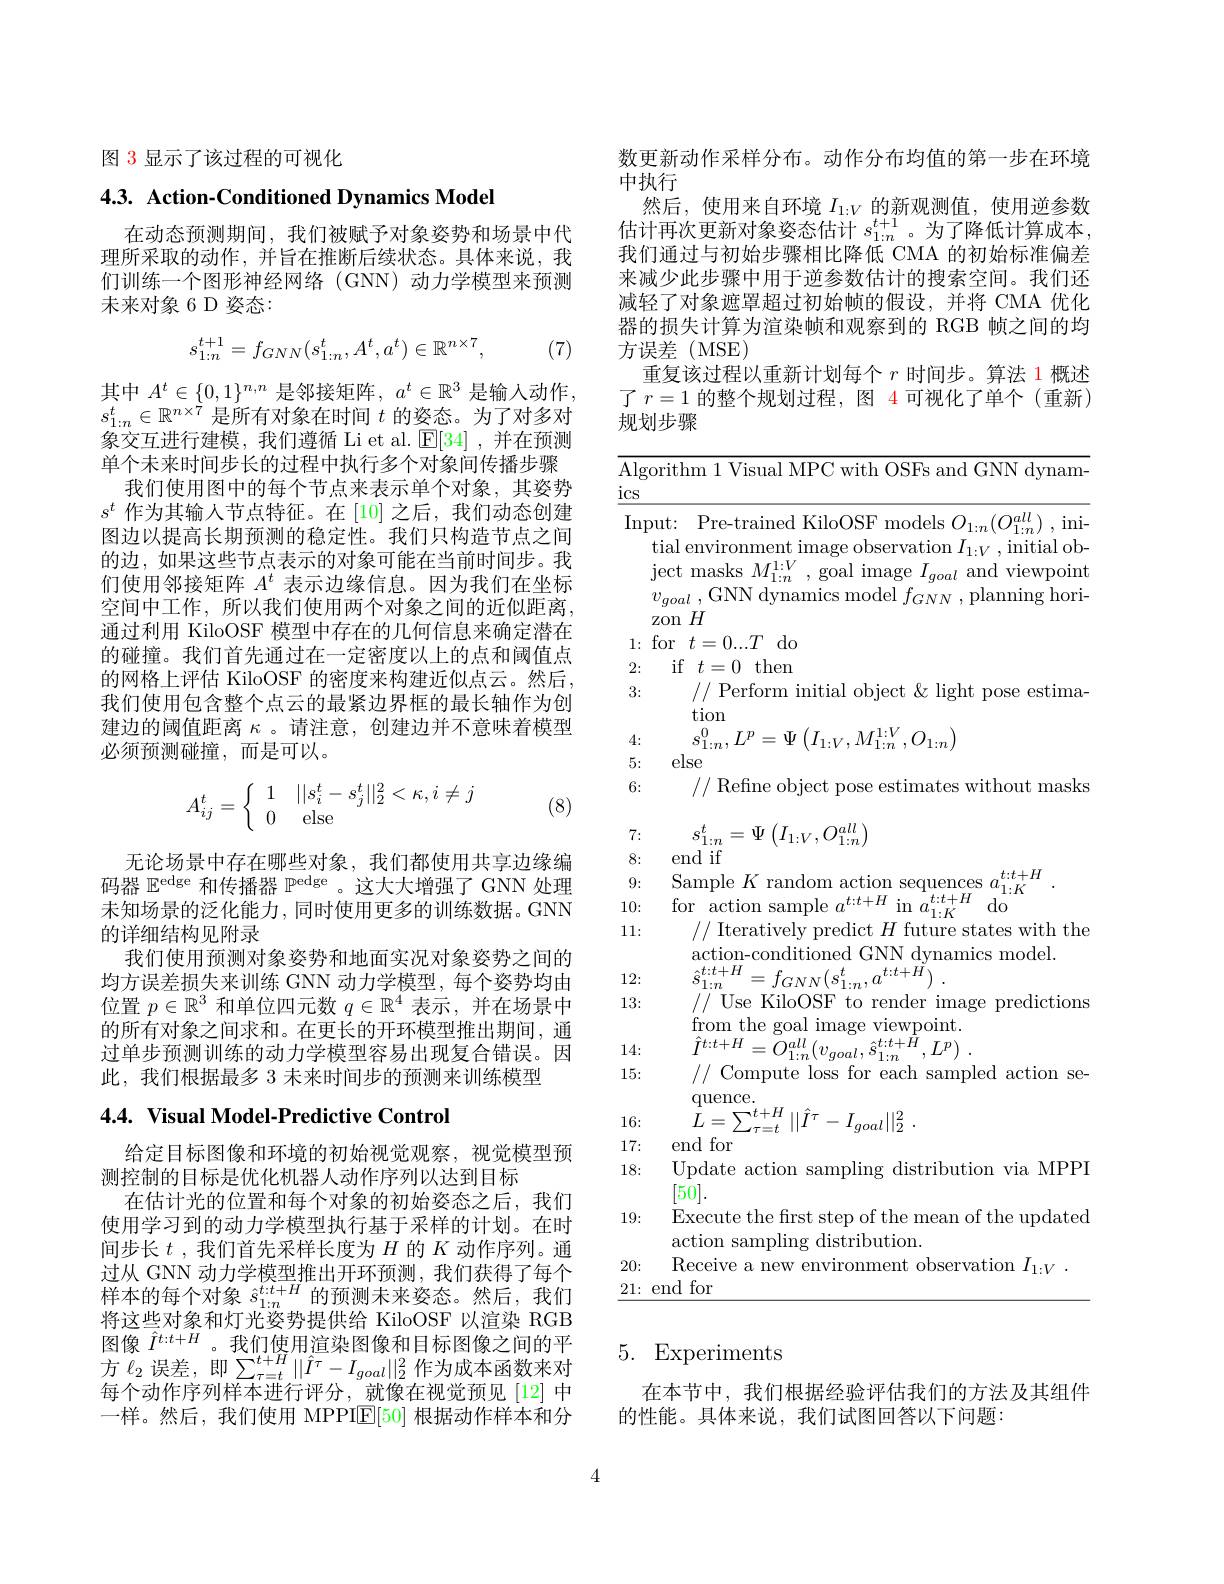
图 3 显示了该过程的可视化

$4. 3. \textbf{ Action- Conditioned Dynamics Model}$

在动态预测期间，我们被赋予对象姿势和场景中代理所采取的动作，并旨在推断后续状态。具体来说，我们训练一个图形神经网络 (GNN) 动力学模型来预测未来对象 6 D 姿态：
$$s_{1:n}^{t+1}=f_{GNN}(s_{1:n}^t,A^t,a^t)\in\mathbb{R}^{n\times7},$$
(7)

其 中 $A^t\in \{ 0, 1\} ^{n, n}$ 是 邻 接 矩 阵 , $a^t\in \mathbb{R} ^3$ 是 输 入 动 作 , $s_{1: n}^t\in \mathbb{R} ^{n\times 7}$ 是 所 有 对 象 在 时 间 $t$ 的 姿 态 。为 了 对 多 对象交互进行建模，我们遵循 Li et al.$\operatorname{[E[34]}$ ,并在预测单个未来时间步长的过程中执行多个对象间传播步骤
我们使用图中的每个节点来表示单个对象，其姿势$s^t$作为其输入节点特征。在[10]之后，我们动态创建图边以提高长期预测的稳定性。我们只构造节点之间的边，如果这些节点表示的对象可能在当前时间步。我们使用邻接矩阵$A^t$表示边缘信息。因为我们在坐标空间中工作，所以我们使用两个对象之间的近似距离， 通过利用 KiloOSF 模型中存在的几何信息来确定潜在的碰撞。我们首先通过在一定密度以上的点和阈值点的网格上评估 KiloOSF 的密度来构建近似点云。然后， 我们使用包含整个点云的最紧边界框的最长轴作为创建边的阈值距离$\kappa$ 。请注意，创建边并不意味着模型必须预测碰撞，而是可以。
$$A_{ij}^t=\left\{\begin{array}{cc}1&||s_i^t-s_j^t||_2^2<\kappa,i\neq j\\0&\text{else}\end{array}\right.$$
(8)

无论场景中存在哪些对象，我们都使用共享边缘编码器$\mathbb{E}^\mathrm{edge}$和传播器$\mathbb{P}^\mathrm{edge}$ 。这大大增强了 GNN 处理末知场景的泛化能力，同时使用更多的训练数据。GNN 的详细结构见附录
我们使用预测对象姿势和地面实况对象姿势之间的均方误差损失来训练 GNN 动力学模型，每个姿势均由位置$p\in\mathbb{R}^3$和单位四元数$q\in\mathbb{R}^4$表示，并在场景中的所有对象之间求和。在更长的开环模型推出期间，通过单步预测训练的动力学模型容易出现复合错误。因此，我们根据最多 3 未来时间步的预测来训练模型

# $4. 4. \textbf{ Visual Model- Predictive Control}$

给定目标图像和环境的初始视觉观察，视觉模型预
测控制的目标是优化机器人动作序列以达到目标
在估计光的位置和每个对象的初始姿态之后，我们使用学习到的动力学模型执行基于采样的计划。在时间步长$t$ ,我们首先采样长度为$H$的$K$动作序列。通过从 GNN 动力学模型推出开环预测，我们获得了每个样本的每个对象$\hat{s}_{1:n}^{t:t+H}$的预测未来姿态。然后，我们将这些对象和灯光姿势提供给 KiloOSF 以渲染 RGB 图像$\hat{I}^{t:t+H}$。我们使用渲染图像和目标图像之间的平由 家 方 $\ell _{2}$ 误 差 , 即 $\sum _{\tau = t}^{t+ H}| | \hat{I} ^{\tau }- I_{goal}| | _{2}^{2}$ 作 为 成 本 函 数 来 对 上 分 析 的 一 个每个动作序列样本进行评分，就像在视觉预见[12]中一样。然后，我们使用 MPPI$\overline{\mathbb{E}}[50]$根据动作样本和分

数更新动作采样分布。动作分布均值的第一步在环境
中执行
然后，使用来自环境$I_{1:V}$的新观测值，使用逆参数估计再次更新对象姿态估计$s_{1:n}^{t+1}$。为了降低计算成本， 我们通过与初始步骤相比降低 CMA 的初始标准偏差来减少此步骤中用于逆参数估计的搜索空间。我们还减轻了对象遮罩超过初始帧的假设，并将 CMA 优化器的损失计算为渲染帧和观察到的 RGB 帧之间的均方误差 (MSE)
重复该过程以重新计划每个$r$时间步。算法 1 概述了$r=1$的整个规划过程，图 4 可视化了单个(重新) 规划步骤

${\overline{\text{Algorithm 1 Visual MPC with OSFs and GNN dynam-}}}$

$\underline{\mathrm{ics}}$

Input: Pre-trained KiloOSF models $O_{1:n}(O_{1:n}^{all})$ ,ini-

tial environment image observation $I_1:V$, initial ob-

$\begin{array}{l}{\mathrm{ject~masks~}M_{1:n}^{1:V},\mathrm{~goal~image~}I_{goal~and~viewpoint}}\\{v_{goal~,~GNN~dynamics~model~}f_{GNN~,~planning~hori-}}\end{array}$

zon $H$

$1\colon$for$t=0...T$do

if$t=0$then

2:

3:

// Perform initial object & light pose estima-

tion

$s_{1:n}^{0},L^{p}=\Psi\left(I_{1:V},M_{1:n}^{1:V},O_{1:n}\right)$

4:

else

5:

// Refine object pose estimates without masks

6:

$s_{1:n}^t=\Psi\left(I_{1:V},O_{1:n}^{all}\right)$

7:

end if

8:

$\begin{array}{ll}{8:}&{{\mathrm{end~IT}}}\\{9:}&{{\mathrm{Sample~}K\mathrm{~random~action~sequences~}a_{1:K}^{t:t+H}}}\\{10:}&{{\mathrm{for~action~sample~}a^{t:t+H}\mathrm{~in~}a_{1:K}^{t:t+H}\mathrm{~do}}}\end{array}.$
10: 11:
// Iteratively predict $H$ future states with the
action-conditioned GNN dynamics model.
$\begin{array}{l}{{\hat{s}_{1:n}^{t:t+H}=f_{GNN}(s_{1:n}^{t},a^{t:t+H})\:.}}\\{{\hat{s}_{1:n}^{t:t+H}=f_{GNN}(s_{1:n}^{t},a^{t:t+H})\:.}}\\{{\hat{s}_{1:n}^{t:t+H}=f_{GNN}(s_{1:n}^{t-t},a^{t:t+H})\:.}}\end{array}$
12: 13:
// Use KiloOSF to render image predictions
$\begin{array}{l}{\mathrm{from~the~goal~image~viewpoint.}}\\{\hat{I}^{t:t+H}=O_{1:n}^{all}(v_{goal},\hat{s}_{1:n}^{t:t+H},L^{p})\:.}\\{//\mathrm{~Comnute~loss~for~each~samnle}}\end{array}$
14: 15:
// Compute loss for each sampled action se-
quence.
$L=\sum_{\tau=t}^{t+H}||\hat{I}^{\tau}-I_{goal}||_{2}^{2}$
16:
17: end for
18:
Update action sampling distribution via MPPI
[50].
Execute the first step of the mean of the updated
19:
action sampling distribution.
Receive a new environment observation $I_{1:V}.$
20:
$\underline{21:\mathrm{~end~for}}$

### 5. Experiments

在本节中，我们根据经验评估我们的方法及其组件
的性能。具体来说，我们试图回答以下问题：

4